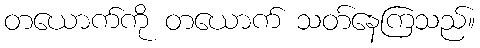
တယောက်ကို တယောက် သတ်နေကြသည်။